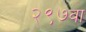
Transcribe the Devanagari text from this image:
२९७वा